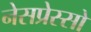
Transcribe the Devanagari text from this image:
नेसप्रेस्सो